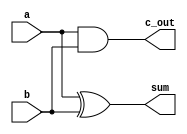
`timescale 1ns / 1ps
//////////////////////////////////////////////////////////////////////////////////
// Company: 
// Engineer: 
// 
// Design Name: 
// Module Name:    HalfAdder 
// Project Name: 
// Target Devices: 
// Tool versions: 
// Description: 
//
// Dependencies: 
//
// Revision: 
// Revision 0.01 - File Created
// Additional Comments: 
//
//////////////////////////////////////////////////////////////////////////////////
module HalfAdder(input a,input b,output sum,output c_out);
    xor g1(sum,a,b);
    and g2(c_out,a,b);
endmodule